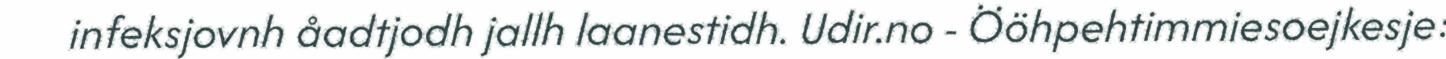
infeksjovnh åadtjodh jallh laanestidh. Udir.no - Ööhpehtimmiesoejkesje: